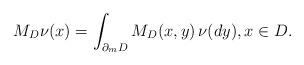
LaTeX: \begin{align*}M_D\nu(x)=\int_{\partial_mD}M_D(x,y)\,\nu(dy),x\in D.\end{align*}